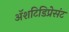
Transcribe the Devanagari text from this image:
अॅशटिडिप्रेसंट